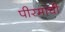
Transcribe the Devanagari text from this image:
पीरमाची